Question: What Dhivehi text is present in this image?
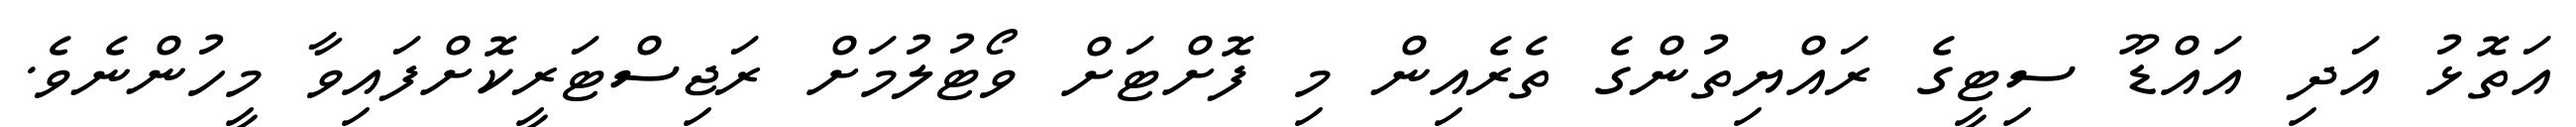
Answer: އަތޮޅު އަދި އައްޑޫ ސިޓީގެ ރައްޔިތުންގެ ތެރެއިން މި ފޮށްޓަށް ވޯޓުލުމަށް ރަޖިސްޓަރީކޮށްފައިވާ މީހުންނެވެ.